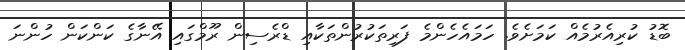
ބޮޑު ކުރިއެރުމެއް ކަމަށެވެ. ހަމައެހެންމެ ފަރިތަކުރުންތަކާއި ޑްރެސިން ރޫމްގައި އޭނާގެ ކަންކަން ހުންނަ